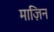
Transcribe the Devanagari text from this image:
माज़िन